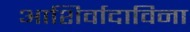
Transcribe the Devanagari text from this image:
आशिर्वादाविना